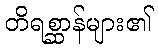
တိရစ္ဆာန်များ၏